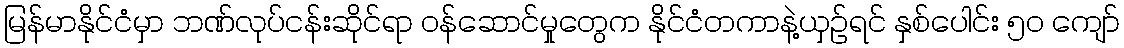
မြန်မာနိုင်ငံမှာ ဘဏ်လုပ်ငန်းဆိုင်ရာ ဝန်ဆောင်မှုတွေက နိုင်ငံတကာနဲ့ယှဉ်ရင် နှစ်ပေါင်း ၅၀ ကျော်